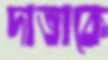
দাতাকে